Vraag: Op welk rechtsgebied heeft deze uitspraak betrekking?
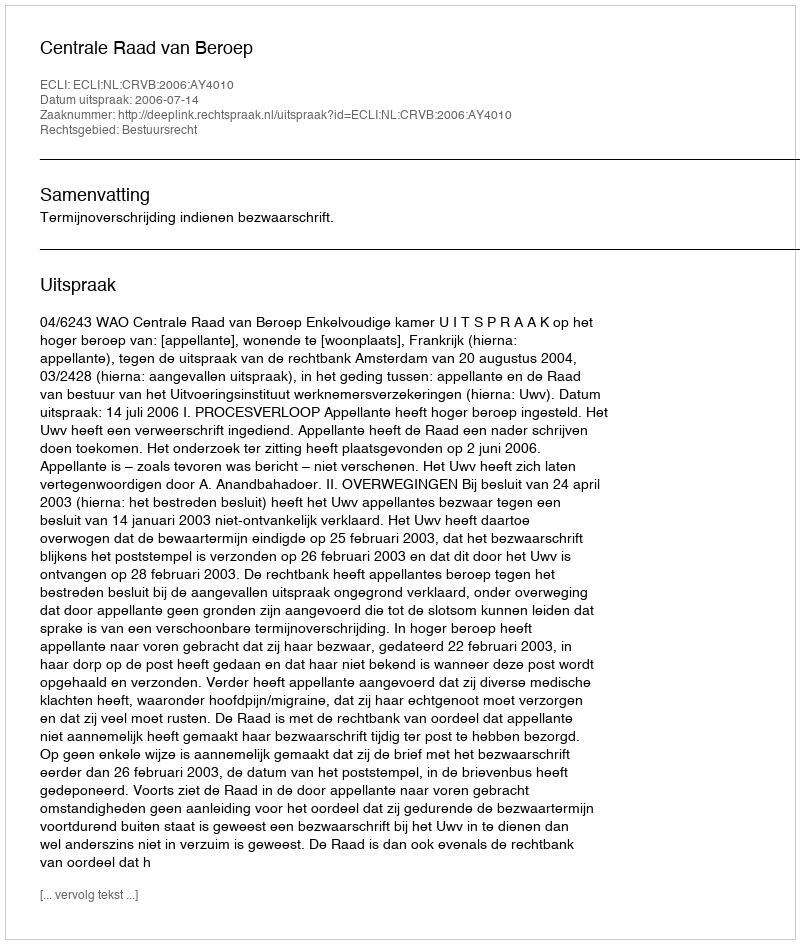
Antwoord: Bestuursrecht